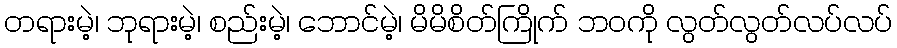
တရားမဲ့၊ ဘုရားမဲ့၊ စည်းမဲ့၊ ဘောင်မဲ့၊ မိမိစိတ်ကြိုက် ဘဝကို လွတ်လွတ်လပ်လပ်